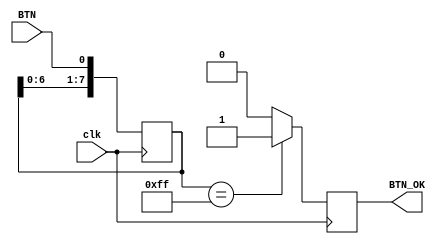
`timescale 1ns / 1ps
//////////////////////////////////////////////////////////////////////////////////
// Company: 
// Engineer: 
// 
// Design Name: 
// Module Name: Anti_jitter
// Project Name: 
// Target Devices: 
// Tool Versions: 
// Description: 
// 
// Dependencies: 
// 
// Revision:
// Revision 0.01 - File Created
// Additional Comments:
// 
//////////////////////////////////////////////////////////////////////////////////

module Anti_jitter(
    input clk,
    input BTN,
    output reg BTN_OK
    );
    
    reg [7:0] count;
    initial begin
        count <= 8'b00000000;
        BTN_OK <= 1'b0;
    end
    always @(posedge clk)begin
        count <= {count[6:0],BTN};
        if(count==8'b11111111)  BTN_OK <= 1'b1;
        else    BTN_OK <= 1'b0;
    end
       
endmodule